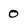
Character: 0